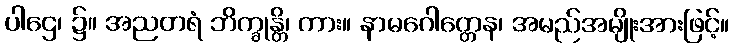
ပါဌေ၊ ၌။ အညတရံ ဘိက္ခုန္တိ၊ ကား။ နာမဂေါတ္တေန၊ အမည်အမျိုးအားဖြင့်။